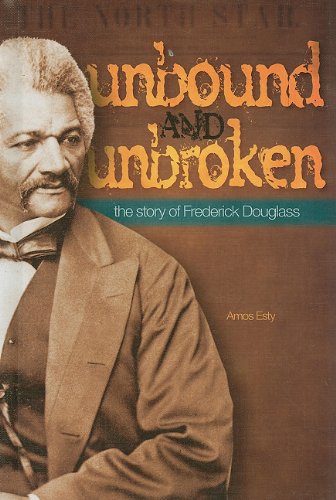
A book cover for Unbound and Unbroken: the Story of Frederick Douglas (Civil Rights Leaders (Morgan Reynolds)); Amos Esty; Teen & Young Adult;